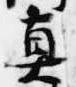
真